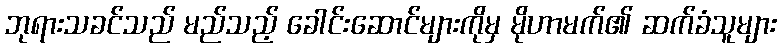
ဘုရားသခင်သည် မည်သည့် ခေါင်းဆောင်များကိုမှ မိုဟာမက်၏ ဆက်ခံသူများ